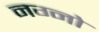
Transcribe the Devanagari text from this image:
नग्नो